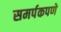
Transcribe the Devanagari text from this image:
समर्पकपणे